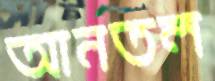
আনতল